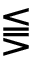
\lesseqqgtr